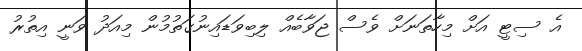
އެ ސިޓީ އަށް މިހާތަނަށް ވެސް ޖަވާބެއް ލިބިވަޑައިނުގަތުމުން މިއަދު ވަނީ އިތުރު